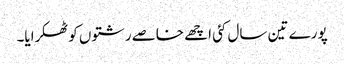
پورے تین سال کئی اچھے خاصے رشتوں کو ٹھکرایا۔